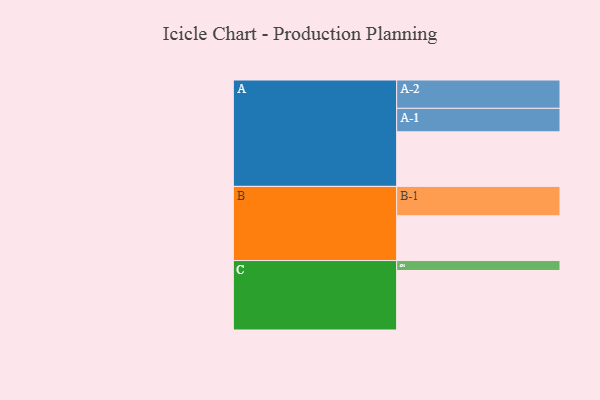
{"axis": {"x": "Segment", "y": "Value"}, "legend": ["", "A", "B", "C"], "data": [{"x": "A", "y": 462, "type": ""}, {"x": "B", "y": 379, "type": ""}, {"x": "C", "y": 504, "type": ""}, {"x": "A-1", "y": 199, "type": "A"}, {"x": "A-2", "y": 240, "type": "A"}, {"x": "B-1", "y": 249, "type": "B"}, {"x": "C-1", "y": 84, "type": "C"}]}